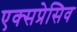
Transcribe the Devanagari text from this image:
एक्सप्रेसिव